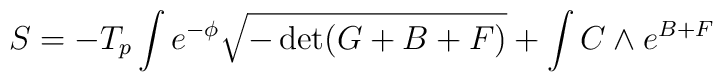
S= - T_{p} \int e^{-\phi} \sqrt{- \det (G+B+F)} + \int C \wedge e^{B+F}